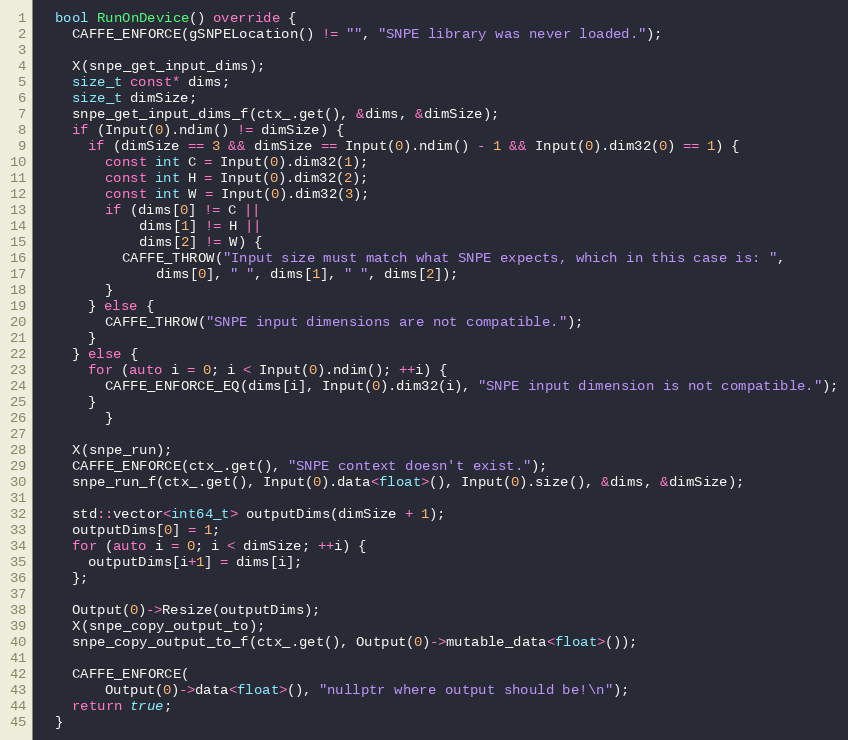
Language: C++
  bool RunOnDevice() override {
    CAFFE_ENFORCE(gSNPELocation() != "", "SNPE library was never loaded.");

    X(snpe_get_input_dims);
    size_t const* dims;
    size_t dimSize;
    snpe_get_input_dims_f(ctx_.get(), &dims, &dimSize);
    if (Input(0).ndim() != dimSize) {
      if (dimSize == 3 && dimSize == Input(0).ndim() - 1 && Input(0).dim32(0) == 1) {
        const int C = Input(0).dim32(1);
        const int H = Input(0).dim32(2);
        const int W = Input(0).dim32(3);
        if (dims[0] != C ||
            dims[1] != H ||
            dims[2] != W) {
          CAFFE_THROW("Input size must match what SNPE expects, which in this case is: ",
              dims[0], " ", dims[1], " ", dims[2]);
        }
      } else {
        CAFFE_THROW("SNPE input dimensions are not compatible.");
      }
    } else {
      for (auto i = 0; i < Input(0).ndim(); ++i) {
        CAFFE_ENFORCE_EQ(dims[i], Input(0).dim32(i), "SNPE input dimension is not compatible.");
      }
		}

    X(snpe_run);
    CAFFE_ENFORCE(ctx_.get(), "SNPE context doesn't exist.");
    snpe_run_f(ctx_.get(), Input(0).data<float>(), Input(0).size(), &dims, &dimSize);

    std::vector<int64_t> outputDims(dimSize + 1);
    outputDims[0] = 1;
    for (auto i = 0; i < dimSize; ++i) {
      outputDims[i+1] = dims[i];
    };

    Output(0)->Resize(outputDims);
    X(snpe_copy_output_to);
    snpe_copy_output_to_f(ctx_.get(), Output(0)->mutable_data<float>());

    CAFFE_ENFORCE(
        Output(0)->data<float>(), "nullptr where output should be!\n");
    return true;
  }